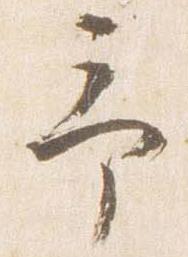
予